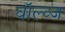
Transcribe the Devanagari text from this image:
वॉल्व्ज